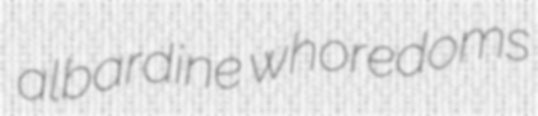
albardine whoredoms